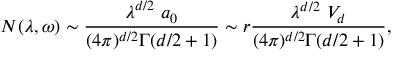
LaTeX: N ( \lambda , \omega ) \sim { \frac { \lambda ^ { d / 2 } ~ a _ { 0 } } { ( 4 \pi ) ^ { d / 2 } \Gamma ( d / 2 + 1 ) } } \sim r { \frac { \lambda ^ { d / 2 } ~ V _ { d } } { ( 4 \pi ) ^ { d / 2 } \Gamma ( d / 2 + 1 ) } } ,